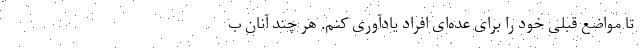
تا مواضع قبلی خود را برای عده‌ای افراد یادآوری کنم. هر چند آنان ب